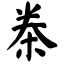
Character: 桊